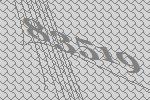
83519